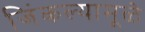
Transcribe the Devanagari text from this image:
जिंकल्यामूळे